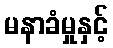
မနာခံမှုနှင့်